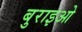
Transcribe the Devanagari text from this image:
बुराइओ